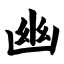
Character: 幽